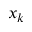
x _ { k }